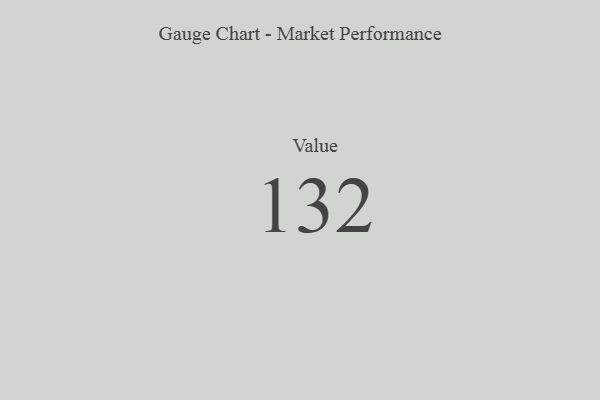
{"axis": {"x": "Metric", "y": "Value"}, "legend": [""], "data": [{"x": "Value", "y": 132, "type": ""}]}